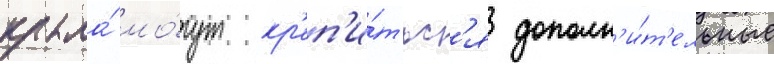
крыла́ мо́гут кр'еп'и́тьс'я дополн'и́т'ельные